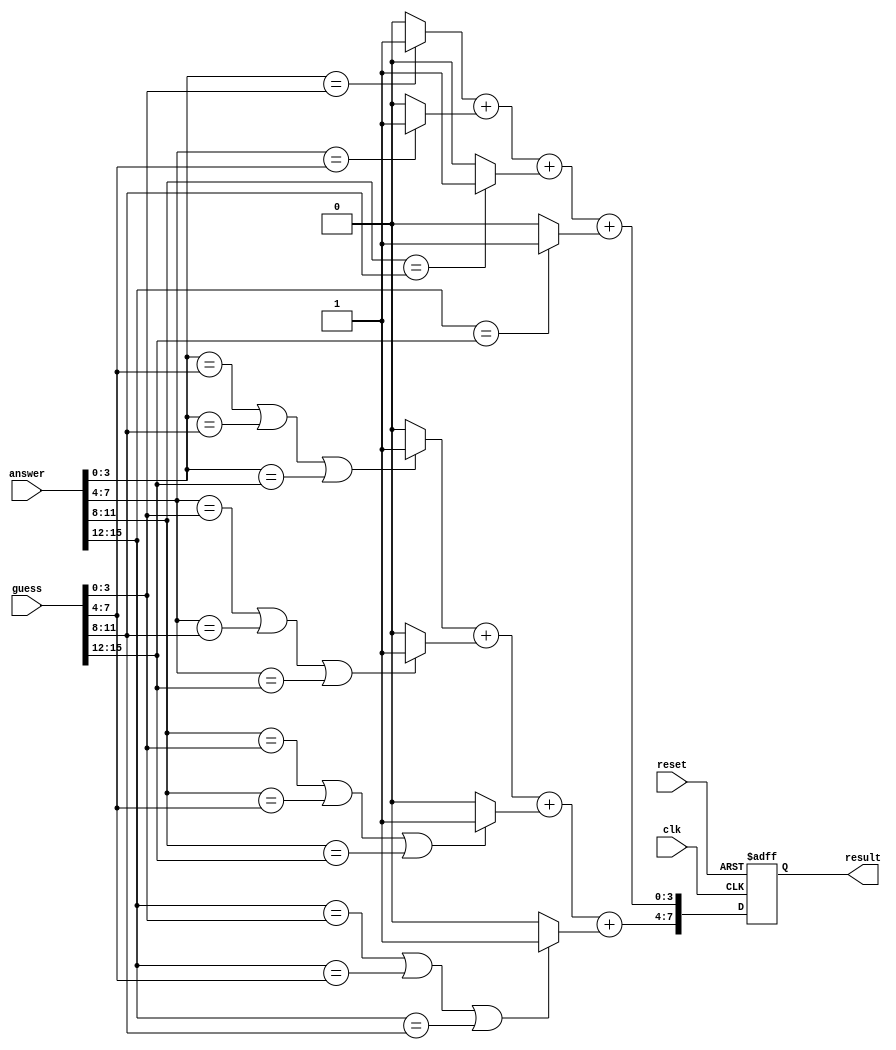
`timescale 1ns / 1ps
//////////////////////////////////////////////////////////////////////////////////
// Company: 
// Engineer: 
// 
// Design Name: 
// Module Name: guess_checker
// Project Name: 
// Target Devices: 
// Tool Versions: 
// Description: 
// 
// Dependencies: 
// 
// Revision:
// Revision 0.01 - File Created
// Additional Comments:
// 
//////////////////////////////////////////////////////////////////////////////////

module check_guess (
  input clk,
  input reset,
  input [15:0] answer,
  input [15:0] guess,
  output reg [7:0] result
);
  reg [3:0] correct_count;
  reg [3:0] wrong_count;
  
  always @(posedge clk, posedge reset) begin
    if (reset) begin
      result <= 8'b00000000;
    end 
    else begin
      correct_count = ((answer[3:0] == guess[3:0]) ? 1 : 0) +
                      ((answer[7:4] == guess[7:4]) ? 1 : 0) +
                      ((answer[11:8] == guess[11:8]) ? 1 : 0) +
                      ((answer[15:12] == guess[15:12]) ? 1 : 0);

      wrong_count = ((answer[3:0] == guess[7:4] || answer[3:0] == guess[11:8] || answer[3:0] == guess[15:12]) ? 1 : 0) +
                    ((answer[7:4] == guess[3:0] || answer[7:4] == guess[11:8] || answer[7:4] == guess[15:12]) ? 1 : 0) +
                    ((answer[11:8] == guess[3:0] || answer[11:8] == guess[7:4] || answer[11:8] == guess[15:12]) ? 1 : 0) +
                    ((answer[15:12] == guess[3:0] || answer[15:12] == guess[7:4] || answer[15:12] == guess[11:8]) ? 1 : 0);

      result = {wrong_count, correct_count};
    end
  end
endmodule